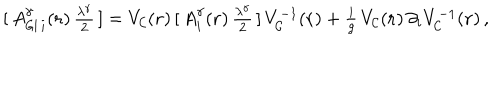
LaTeX: [ \, A _ { { \sf G I } \, i } ^ { { \gamma } } ( { \bf { r } } ) \, { \textstyle \frac { { \lambda } ^ { \gamma } } { 2 } } \, ] = V _ { \cal { C } } ( { \bf { r } } ) \, [ \, A _ { i } ^ { \gamma } ( { \bf { r } } ) \, { \textstyle \frac { \lambda ^ { \gamma } } { 2 } } \, ] \, V _ { \cal { C } } ^ { - 1 } ( { \bf { r } } ) + { \textstyle \frac { i } { g } } \, V _ { \cal { C } } ( { \bf { r } } ) \, \partial _ { i } V _ { \cal { C } } ^ { - 1 } ( { \bf { r } } ) \, ,